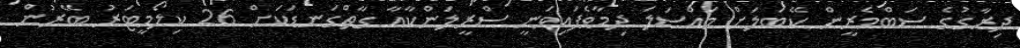
ދިރާގުގެ ސަބްމެރީން ކޭބަލަށް މައްސަލަ ދިމާވެފައިވަނީ ސްރީލަންކާއާ ގާތްގަނޑަކަށް 26 ކިލޯމީޓަރު ބޭރުން